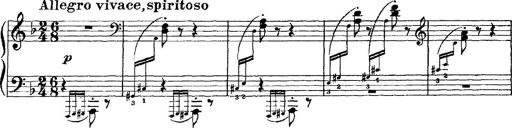
Title: Scherzo und Marsch
Composer: Franz Liszt